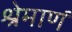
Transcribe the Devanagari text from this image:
श्रेमाणं